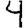
Digit: 4